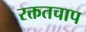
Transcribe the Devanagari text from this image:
रक्ततचाप